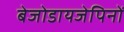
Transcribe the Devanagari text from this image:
बेजोडायजेपिनों